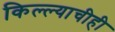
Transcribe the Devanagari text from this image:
किल्ल्याचीही